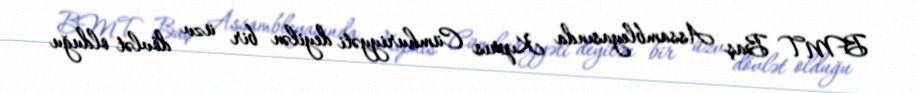
BMT Baş Assambleyasında Kıprıs Cümhuriyyəti deyilən bir üzv dövlət olduğu